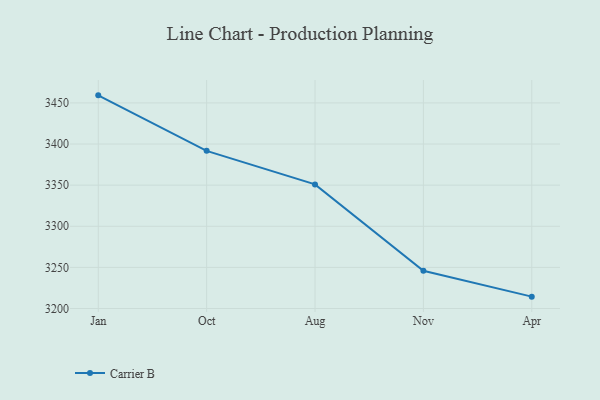
{"axis": {"x": "Month", "y": "Latency (ms)"}, "legend": ["Carrier B"], "data": [{"x": "Jan", "y": 3459.2, "type": "Carrier B"}, {"x": "Oct", "y": 3391.7, "type": "Carrier B"}, {"x": "Aug", "y": 3350.9, "type": "Carrier B"}, {"x": "Nov", "y": 3245.8, "type": "Carrier B"}, {"x": "Apr", "y": 3214.4, "type": "Carrier B"}]}